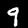
Digit: 9